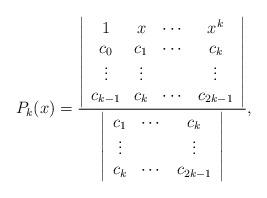
LaTeX: \begin{align*}P_{k}(x)=\frac{\left\vert\begin{array}{cccc}1 & x & \cdots & x^k\\c_{0} & c_{1} & \cdots & c_{k}\\\vdots & \vdots & & \vdots\\c_{k-1} & c_{k} & \cdots & c_{2k-1}\\\end{array}\right\vert}{\left\vert\begin{array}{cccc}c_{1} & \cdots & c_{k}\\\vdots & & \vdots\\c_{k} & \cdots & c_{2k-1}\\\end{array}\right\vert},\end{align*}